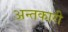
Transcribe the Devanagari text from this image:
अन्तकारी